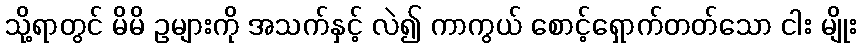
သို့ရာတွင် မိမိ ဥများကို အသက်နှင့် လဲ၍ ကာကွယ် စောင့်ရှောက်တတ်သော ငါး မျိုး